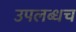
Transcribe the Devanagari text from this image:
उपलब्धच